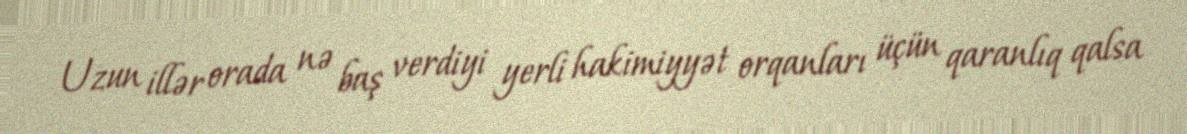
Uzun illər orada nə baş verdiyi yerli hakimiyyət orqanları üçün qaranlıq qalsa